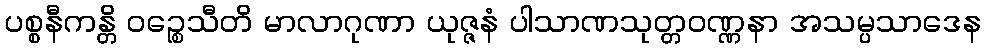
ပစ္စနီကန္တိ ဝဉ္စေသီတိ မာလာဂုဏာ ယုဇ္ဇနံ ပါသာဏသုတ္တဝဏ္ဏနာ အသမ္ပသာဒေန